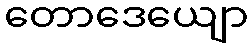
တောဒေယျော